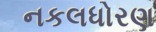
નકલધોરણ